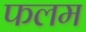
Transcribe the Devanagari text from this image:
फलम